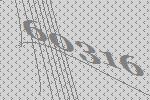
60316